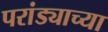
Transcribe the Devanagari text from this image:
परांड्याच्या